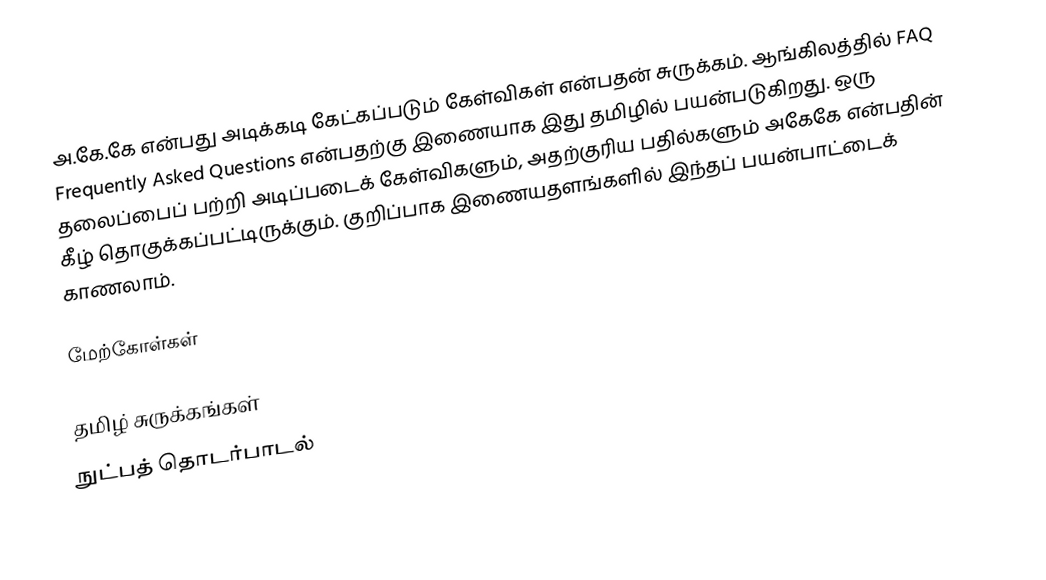
அ.கே.கே என்பது அடிக்கடி கேட்கப்படும் கேள்விகள் என்பதன் சுருக்கம். ஆங்கிலத்தில் FAQ Frequently Asked Questions என்பதற்கு இணையாக இது தமிழில் பயன்படுகிறது. ஒரு தலைப்பைப் பற்றி அடிப்படைக் கேள்விகளும், அதற்குரிய பதில்களும் அகேகே என்பதின் கீழ் தொகுக்கப்பட்டிருக்கும். குறிப்பாக இணையதளங்களில் இந்தப் பயன்பாட்டைக் காணலாம்.

மேற்கோள்கள்

தமிழ் சுருக்கங்கள்
நுட்பத் தொடர்பாடல்